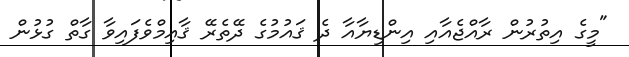
"މީގެ އިތުރުން ރާއްޖެއާއި އިންޑިޔާއާ ދެ ޤައުމުގެ ދޭތެރޭ ޤާއިމްވެފައިވާ ގާތް ގުޅުން